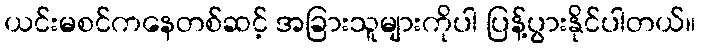
ယင်းမစင်ကနေတစ်ဆင့် အခြားသူများကိုပါ ပြန့်ပွားနိုင်ပါတယ်။